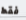
فقط